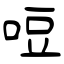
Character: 哣